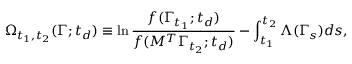
\Omega _ { t _ { 1 } , t _ { 2 } } ( \Gamma ; t _ { d } ) \equiv \ln \frac { f ( \Gamma _ { t _ { 1 } } ; t _ { d } ) } { f ( M ^ { T } \Gamma _ { t _ { 2 } } ; t _ { d } ) } - \int _ { t _ { 1 } } ^ { t _ { 2 } } \Lambda ( \Gamma _ { s } ) d s ,